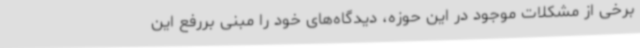
برخی از مشکلات موجود در این حوزه، دیدگاه‌های خود را مبنی بررفع این